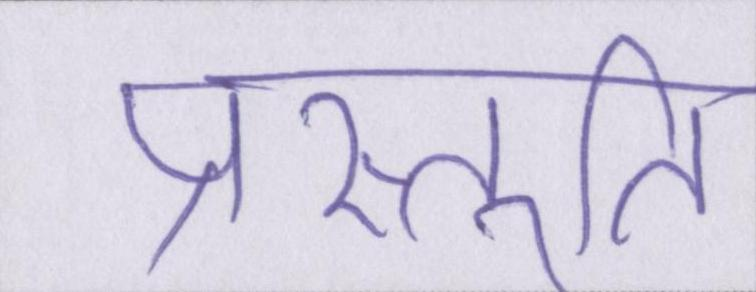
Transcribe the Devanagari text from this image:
प्रस्तुति